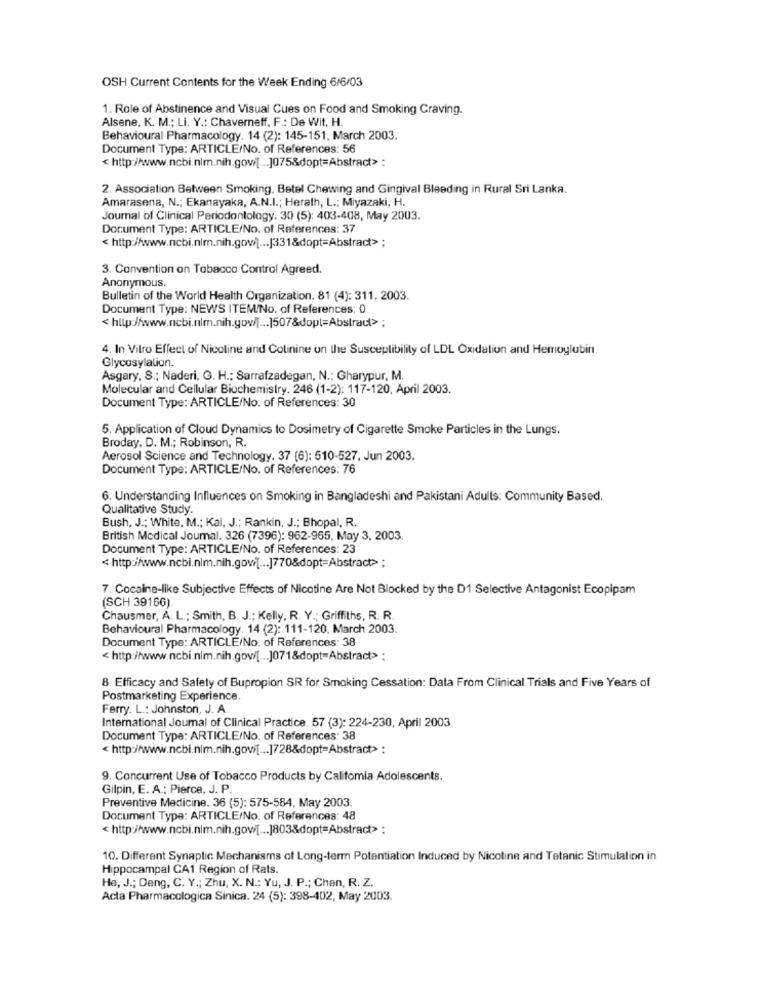
OSH Current Contents for the Week Ending 6/6/03
1. Role of Abstinence and Visual Cues on Food and Smoking Craving.
Alsene, K. M .; Li. Y .: Chaverneff, F .: De Wit. H.
Behavioural Pharmacology. 14 (2): 145-151, March 2003.
Document Type: ARTICLE/No. of References: 56
<http://www.ncbi.nlm.nih.gov/[ ... ]075&dopt=Abstract> :
2. Association Between Smoking. Betel Chewing and Gingival Bleeding in Rural Sri Lanka.
Amarasena, N .; Ekanayaka, A.N.I .; Herath, L .; Miyazaki, H.
Journal of Clinical Periodontology. 30 (5): 403-408, May 2003.
Document Type: ARTICLE/No. of References: 37
< http://www.ncbi.nlm.nih.gov/[ ... [331&dopt=Abstract> ;
3. Convention on Tobacco Control Agreed.
Anonymous.
Bulletin of the World Health Organization. 81 (4): 311, 2003.
Document Type: NEWS ITEM/No. of References: 0
< http://www.ncbi.nlm.nih.gov/[ ... ]507&dopl=Abstract> ;
4. In Vitro Effect of Nicoline and Colinine on the Susceplibility of LDL Oxidation and Hemoglobin
Glycosylation.
Asgary, S .; Naderi, G. H .; Sarrafzadegan, N .: Gharypur, M.
Molecular and Cellular Biochemistry. 246 (1-2): 117-120, April 2003.
Document Type: ARTICLE/No. of References: 30
5. Application of Cloud Dynamics to Dosimetry of Cigarette Smoke Particles in the Lungs.
Broday, D. M .; Robinson, R.
Aerosol Science and Technology. 37 (6): 510-527, Jun 2003.
Document Type: ARTICLE/No. of References: 76
6. Understanding Influences on Smoking in Bangladeshi and Pakistani Adults: Community Based,
Qualitative Study.
Bush, J .; White, M .; Kai, J .; Rankin, J .; Bhopal, R.
British Medical Journal. 326 (7396): 962-965. May 3, 2003.
Document Type: ARTICLE/No. of References: 23
< http://www.ncbi.nim.nih.gowi[ ... ]770&dopt=Abstract> ;
7. Cocaine-like Subjective Effects of Nicotine Are Not Blocked by the D1 Selective Antagonist Ecopipam
(SCH 39166).
Chausmer, A. L .; Smith, B. J .; Kelly, R. Y .; Griffiths, R. R.
Behavioural Pharmacology. 14 (2): 111-120. March 2003.
Document Type: ARTICLE/No. of References: 38
< http://www.ncbi.nlm.nih.gov/[ ... ]071&dopt=Abstract> :
8. Efficacy and Safety of Bupropion SR for Smoking Cessation: Data From Clinical Trials and Five Years of
Postmarketing Experience.
Ferry. L .: Johnston, J. A.
International Journal of Clinical Practice. 57 (3): 224-230, April 2003.
Document Type: ARTICLE/No. of References: 38
< http://www.ncbi.nim.nih.govi[ ... ]728&dopt=Abstract> :
9. Concurrent Use of Tobacco Products by Califomia Adolescents.
Gilpin, E. A .; Pierce, J. P.
Preventive Medicine. 36 (5): 575-584, May 2003.
Document Type: ARTICLE/No. of References: 48
< http://www.ncbi.nlm.nih.gov[ ... ]803&dopt=Abstract> :
10. Different Synaptic Mechanisms of Long-term Potentiation Induced by Nicoline and Tetanic Stimulation in
Hippocampal CA1 Region of Rats.
He, J .; Deng, C. Y .; Zhu, X. N .; Yu, J. P .; Chen, R. Z.
Acta Pharmacologica Sinica. 24 (5): 398-402, May 2003.